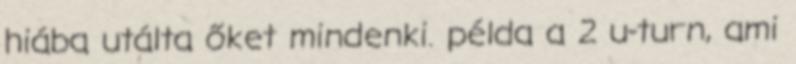
hiába utálta őket mindenki. példa a 2 u-turn, ami